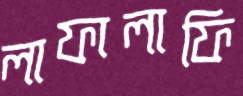
লাফালাফি